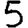
Digit: 5